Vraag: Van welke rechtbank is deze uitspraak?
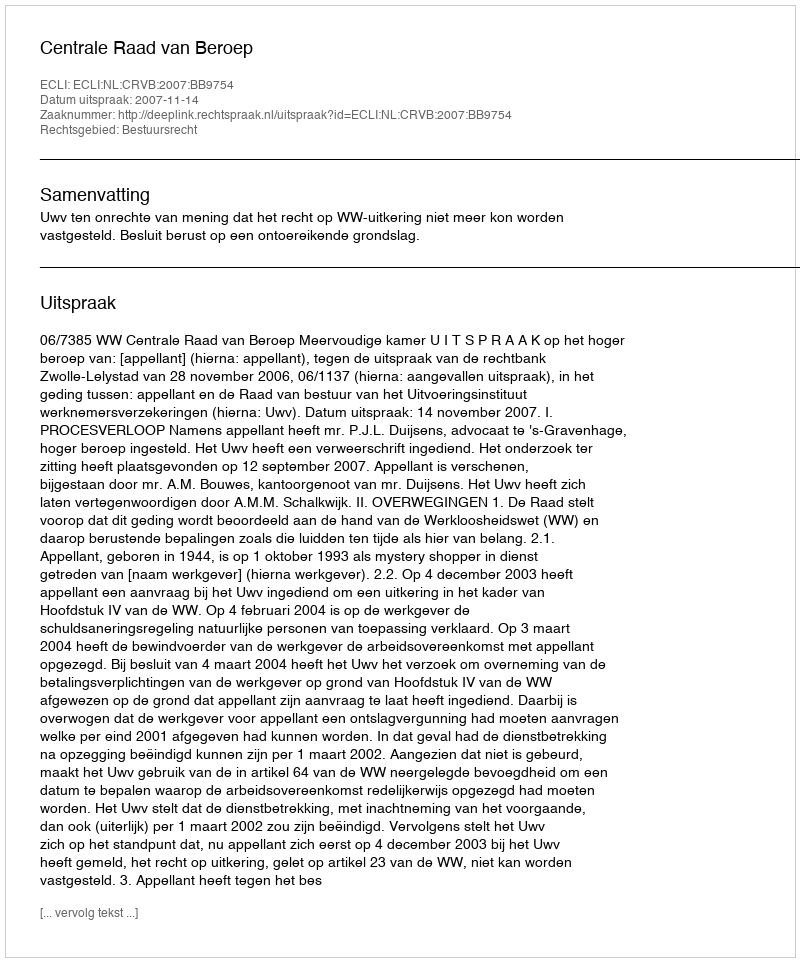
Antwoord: Centrale Raad van Beroep